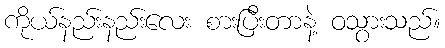
ကိုယ်နည်းနည်းလေး စားပြီးတာနဲ့ ဝသွားသည်။